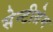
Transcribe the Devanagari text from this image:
सेन्टीग्रेग